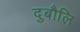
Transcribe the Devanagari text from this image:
दुबौलि